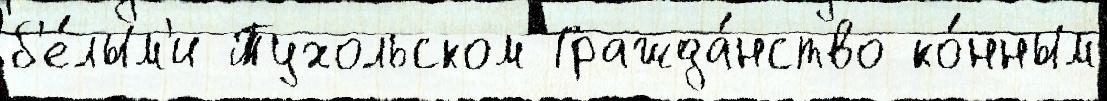
б'е́лым'и Тухольском Гражда́нство ко́нным